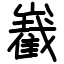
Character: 嶻